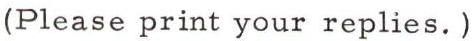
(Please print your replies.)